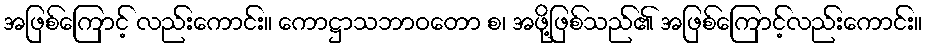
အဖြစ်ကြောင့် လည်းကောင်း။ ကောဋ္ဌာသဘာဝတော စ၊ အဖို့ဖြစ်သည်၏ အဖြစ်ကြောင့်လည်းကောင်း။